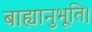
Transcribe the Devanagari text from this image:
बाह्यानुभूति।